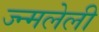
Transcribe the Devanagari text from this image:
ज्न्मलेली